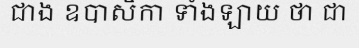
ជាង ឧបាសិកា ទាំងឡាយ ថា ជា